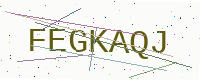
Text: FEGKAQJ